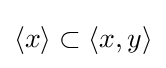
\langle x\rangle \subset \langle x,y\rangle